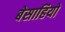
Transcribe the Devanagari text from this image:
बेसाहियो